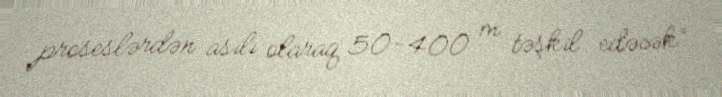
proseslərdən asılı olaraq 50-400 m təşkil edəcək”.